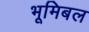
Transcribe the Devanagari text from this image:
भूमिबल